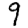
Digit: 9